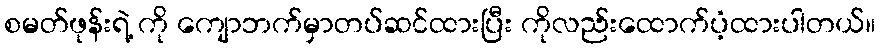
စမတ်ဖုန်းရဲ့ ကို ကျောဘက်မှာတပ်ဆင်ထားပြီး ကိုလည်းထောက်ပံ့ထားပါတယ်။